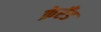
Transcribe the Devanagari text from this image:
क्रेरँड